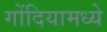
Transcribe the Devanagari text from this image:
गोंदियामध्ये